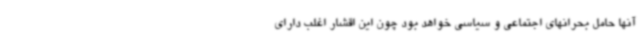
آنها حامل بحرانهای اجتماعی و سیاسی خواهد بود چون این اقشار اغلب دارای